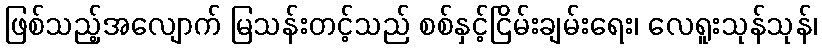
ဖြစ်သည့်အလျောက် မြသန်းတင့်သည် စစ်နှင့်ငြိမ်းချမ်းရေး၊ လေရူးသုန်သုန်၊